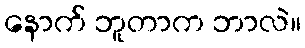
နောက် ဘူတာက ဘာလဲ။